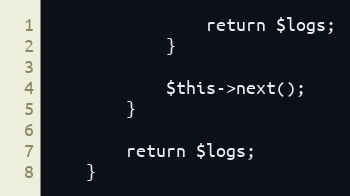
Language: PHP
                return $logs;
            }

            $this->next();
        }

        return $logs;
    }